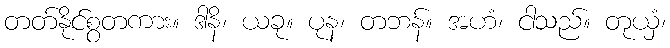
တတ်နိုင်စွတကား။ ဒါနိ၊ ယခု။ ပုန၊ တဘန်။ အဟံ၊ ငါသည်။ တုယှံ၊